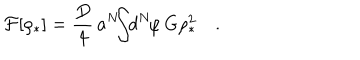
LaTeX: { \cal F } [ \rho _ { * } ] = { \frac { D } { 4 } } \, a ^ { N } \! \! \! \int \! \! d ^ { N } \! \varphi \, G \rho _ { * } ^ { 2 } \quad .